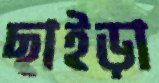
ছাইড়া